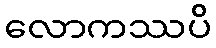
လောကဿပိ